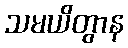
သမယိတွာန